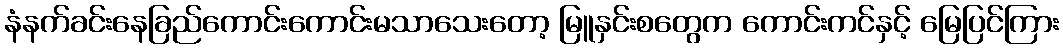
နံနက်ခင်းနေခြည်ကောင်းကောင်းမသာသေးတော့ မြူနှင်းစတွေက ကောင်းကင်နှင့် မြေပြင်ကြား